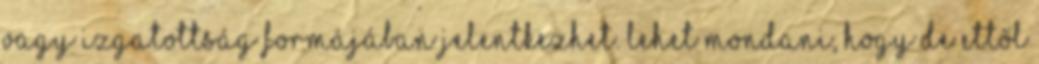
vagy izgatottság formájában jelentkezhet. Lehet mondani, hogy de ettől